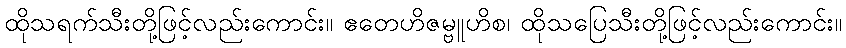
ထိုသရက်သီးတို့ဖြင့်လည်းကောင်း။ ဧတေဟိဇမ္ဗူဟိစ၊ ထိုသပြေသီးတို့ဖြင့်လည်းကောင်း။